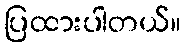
ပြထားပါတယ်။